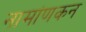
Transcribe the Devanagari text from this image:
नामांणकन